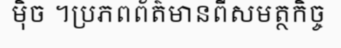
ម៉ិច ។ប្រភពព័ត៌មានពីសមត្ថកិច្ច